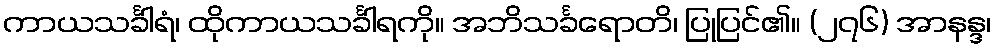
ကာယသင်္ခါရံ၊ ထိုကာယသင်္ခါရကို။ အဘိသင်္ခရောတိ၊ ပြုပြင်၏။ (၂၇၆) အာနန္ဒ၊